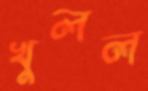
খুলল